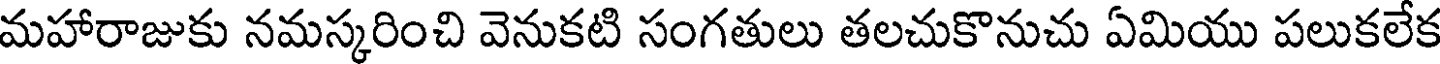
మహారాజుకు నమస్కరించి వెనుకటి సంగతులు తలచుకొనుచు ఏమియు పలుకలేక